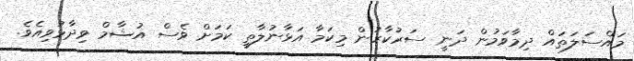
މައްސަލަތައް ދިމާވަމުން ދަނީ ސަރުކާރުން މިކަމާ އަޅާނުލާތީ ކަމަށް ވެސް އުޝާމް ވިދާޅުވިއެވެ.